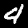
Label: 4